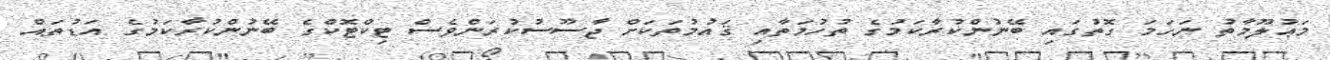
މަޢުލޫމާތު ނަހަމަ ގޮތުގައި ބޭނުންކުރާކަމުގެ ތުހުމަތާއި ޤައުމުތަކަށް ޖާސޫސުކުރަންވެސް ޓިކްޓޮކްގެ ބޭނުންކުރާކަމުގެ އަޑުތައް